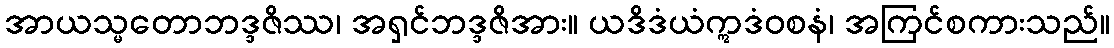
အာယသ္မတောဘဒ္ဒဇိဿ၊ အရှင်ဘဒ္ဒဇိအား။ ယဒိဒံယံဣဒံဝစနံ၊ အကြင်စကားသည်။